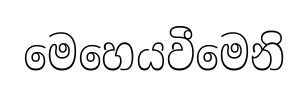
මෙහෙයවීමෙනි